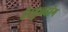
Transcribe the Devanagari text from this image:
है।बुलडॉग